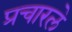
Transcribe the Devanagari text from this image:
प्रचारले